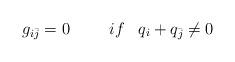
LaTeX: \begin{align*}g_{i{\bar j}} = 0 \hspace{1cm} if \; \; \; q_i + q_{\bar j} \neq 0\end{align*}